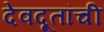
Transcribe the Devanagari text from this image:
देवदूतांची